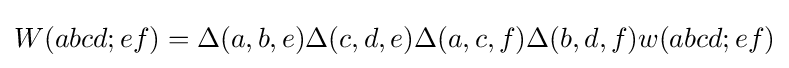
W(abcd;ef)=\Delta (a,b,e)\Delta (c,d,e)\Delta (a,c,f)\Delta (b,d,f)w(abcd;ef)